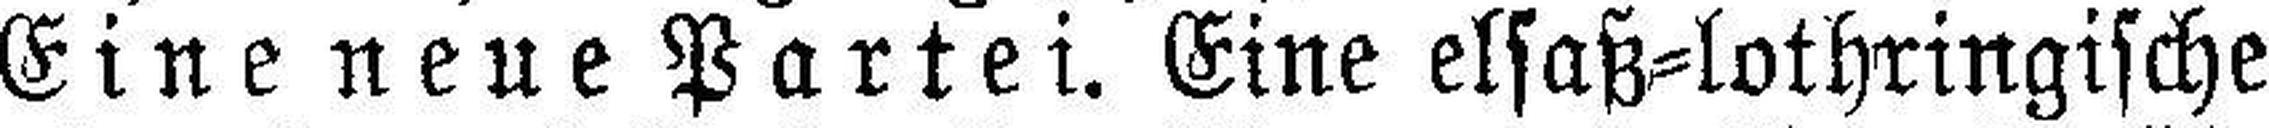
Eine neue Partei. Eine elsaß=lothringische